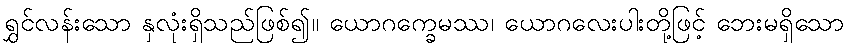
ရွှင်လန်းသော နှလုံးရှိသည်ဖြစ်၍။ ယောဂက္ခေမဿ၊ ယောဂလေးပါးတို့ဖြင့် ဘေးမရှိသော